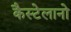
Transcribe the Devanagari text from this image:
कैस्टेलानो